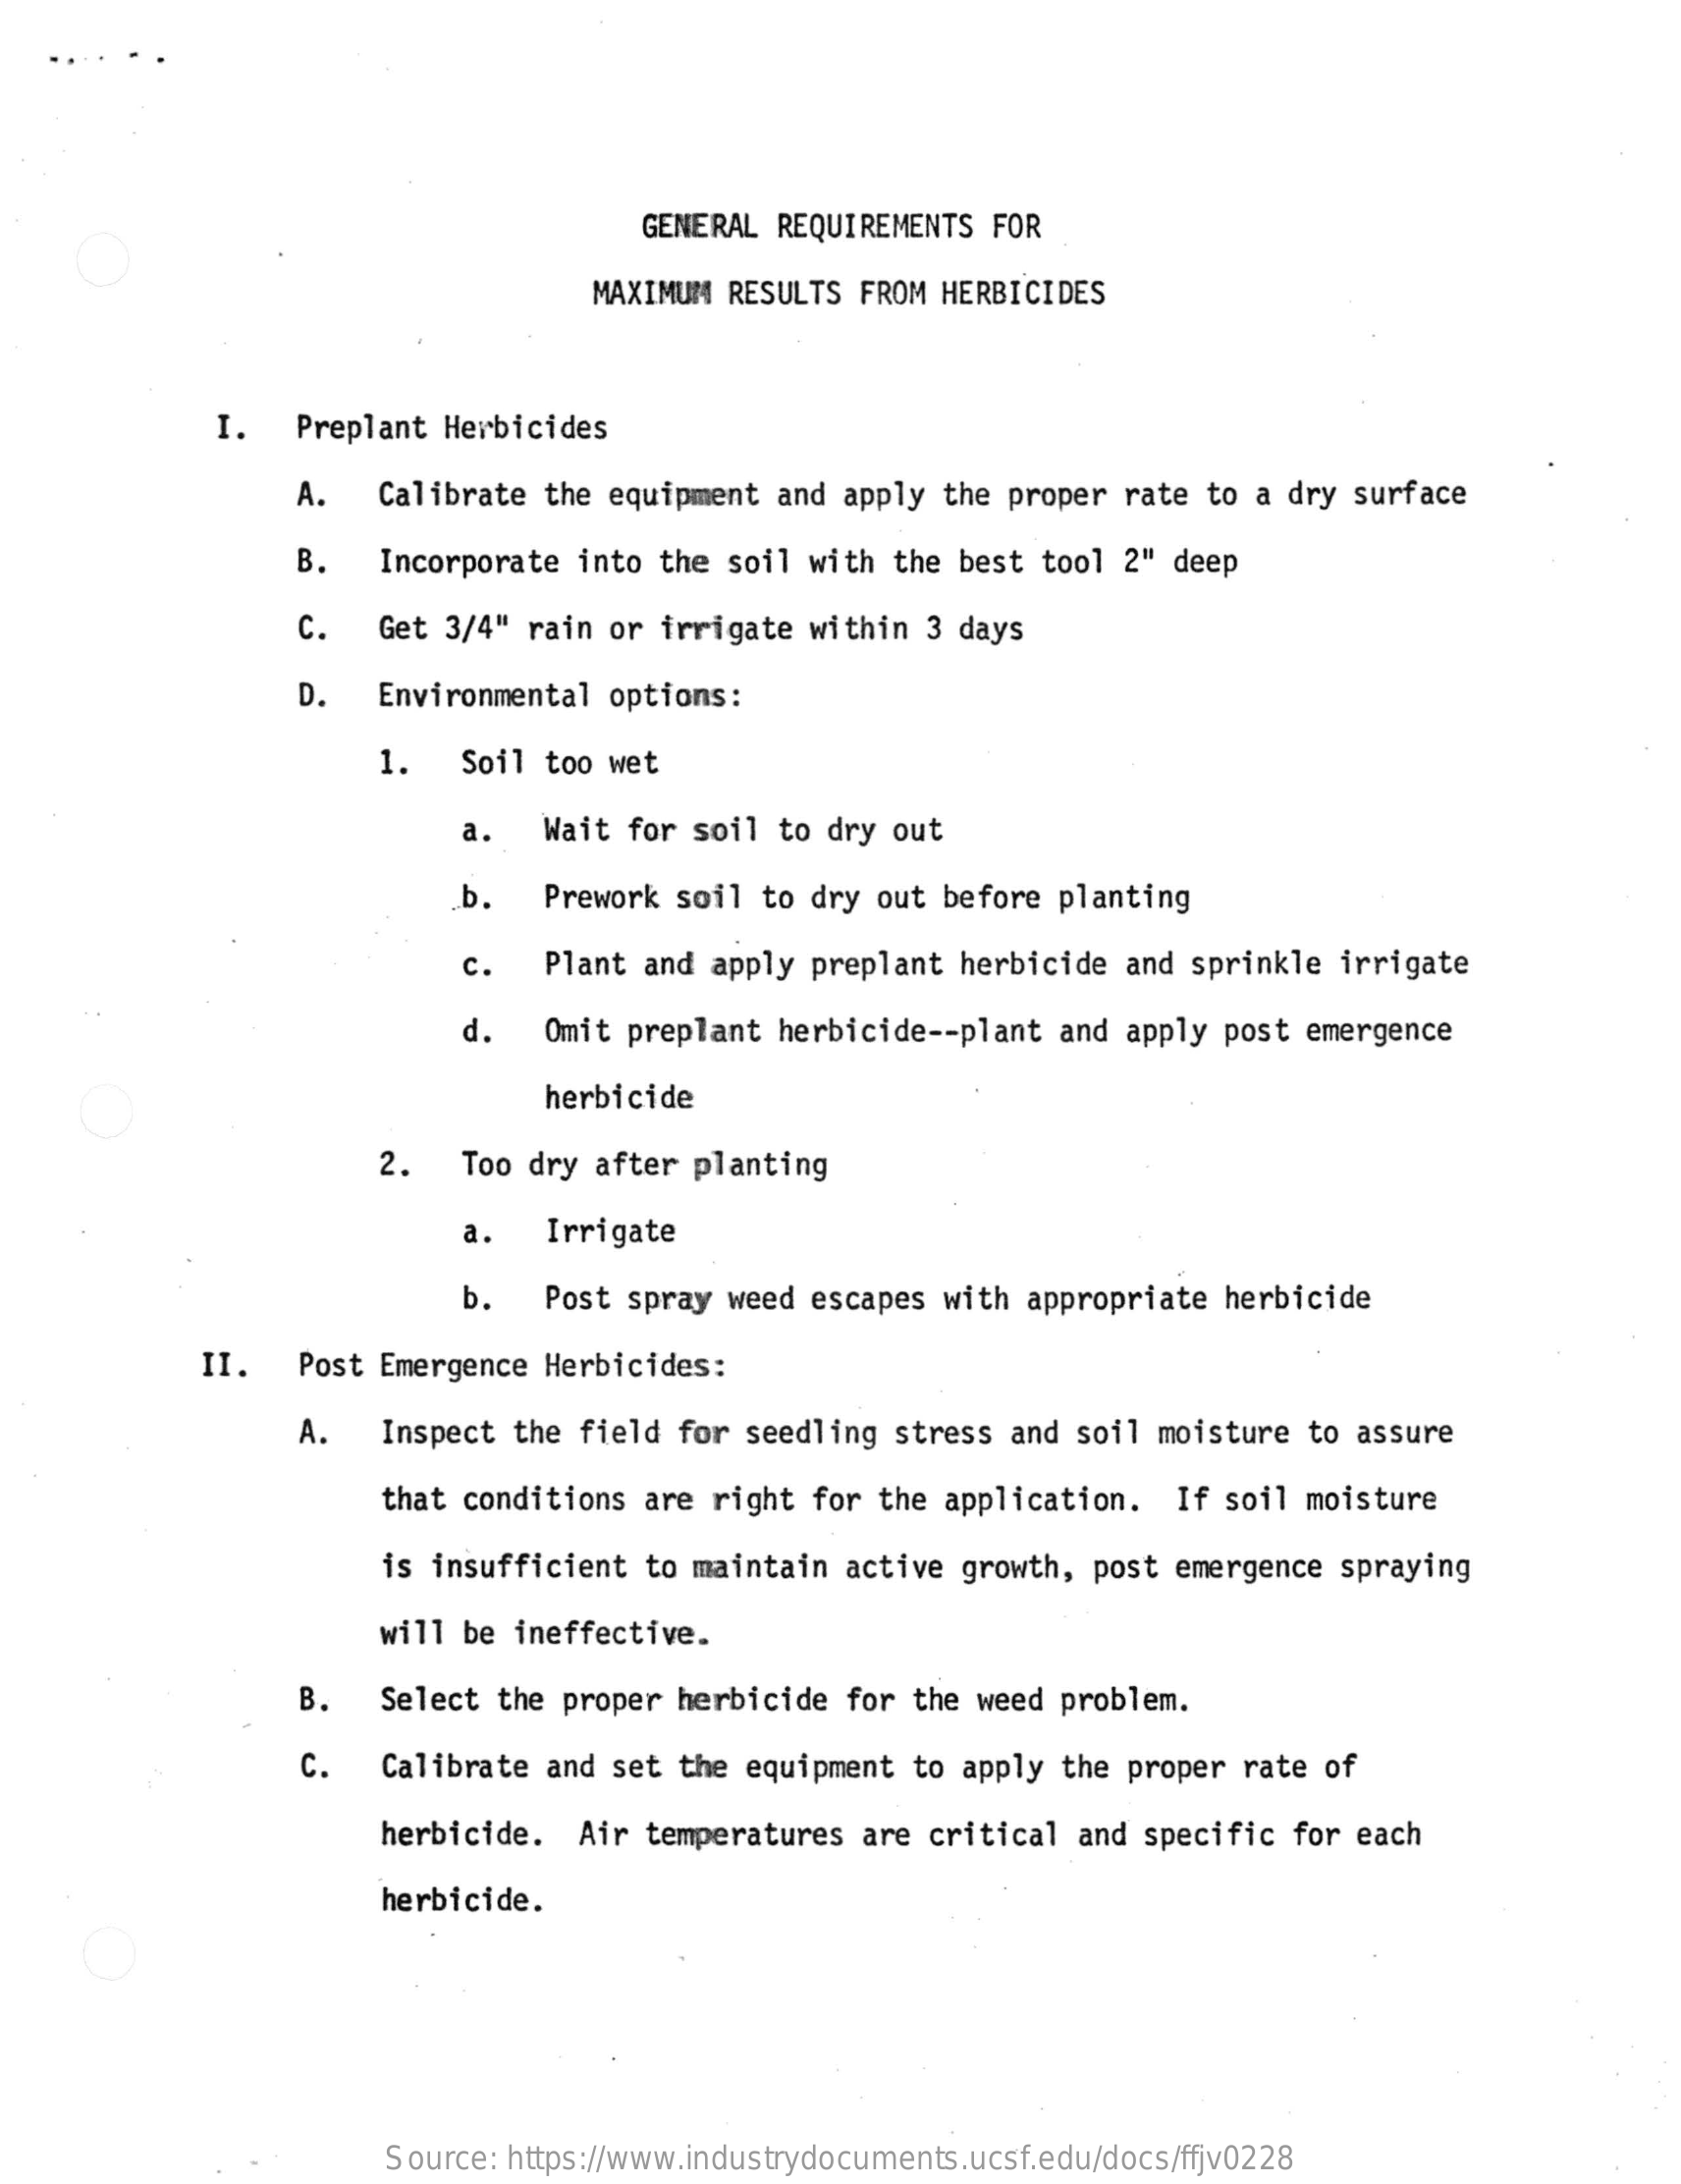
GENERAL REQUIREMENTS  FOR
     MAXIMUM  RESULTS FROM  HERBICIDES
     I.   Preplant Herbicides
     A.   Calibrate  the equipment  and apply  the proper  rate to a dry  surface
     B.   Incorporate  into the  soil with  the best tool  2" deep
     c.   Get 3/4"  rain or  irrigate within  3 days
     D.   Environmental  options:
     1.   Soil too wet
     a.   Wait for  soil to dry  out
     .b.  Prework  soil to dry  out before  planting
     c.   Plant and  apply preplant  herbicide  and sprinkle  irrigate
     d.   Omit preplant  herbicide -- plant and apply post  emergence
     herbicide
     2.   Too dry after  planting
     a.   Irrigate
     b.   Post spray  weed escapes  with appropriate  herbicide
     II.   Post Emergence  Herbicides:
     A.   Inspect  the field  for seedling  stress and  soil moisture  to assure
     that conditions are  right for  the application.   If soil  moisture
     is insufficient  to maintain  active growth,  post emergence  spraying
     will  be ineffective.
     B.    Select the proper  herbicide  for the weed  problem.
     C.   Calibrate  and set  the equipment  to apply  the proper rate  of
     herbicide.  Air  temperatures  are critical  and specific  for each
     herbicide.
     Source: https://www.industrydocuments.ucsf.edu/docs/ffjv0228